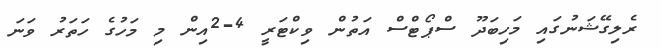
ރެލިގޭޝަނުގައި މަހިބަދޫ ސްޕޯޓްސް އަތުން ވިކްޓަރީ 4-2އިން މި މަހުގެ ހަތަރު ވަނަ